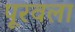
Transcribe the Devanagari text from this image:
पूरवला